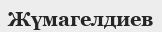
Жүмагелдиев